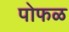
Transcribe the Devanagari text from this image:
पोफळ